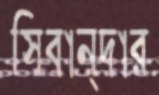
সিবান্দার